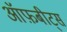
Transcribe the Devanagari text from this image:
ऑफ़बीट्स